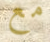
مع